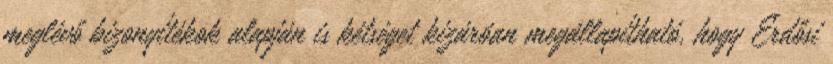
meglévő bizonyítékok alapján is kétséget kizáróan megállapítható, hogy Erdősi